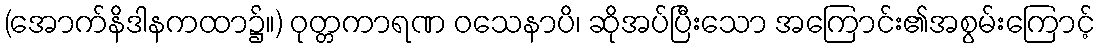
(အောက်နိဒါနကထာ၌။) ဝုတ္တကာရဏ ဝသေနာပိ၊ ဆိုအပ်ပြီးသော အကြောင်း၏အစွမ်းကြောင့်